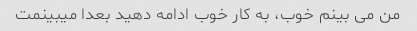
من می بینم خوب، به کار خوب ادامه دهید بعدا میبینمت